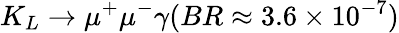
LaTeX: K_{L}\rightarrow\mu^{+}\mu^{-}\gamma(BR\approx 3.6\times 10^{-7})